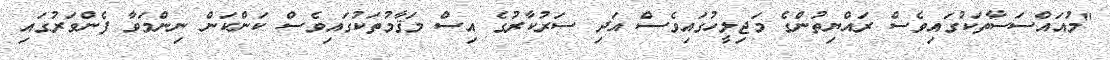
"މުއައްސަސާތަކުގައިވެސް ރައްޔިތުންގެ މަޖިލީހުގައިވެސް އަދި ސަރުކާރުގެ އިސް މަޤާމުތަކުގައިވެސް ކަންކަން ނިންމަވާ ފެންވަރުގައި